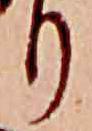
り